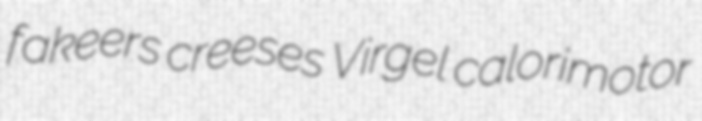
fakeers creeses Virgel calorimotor